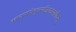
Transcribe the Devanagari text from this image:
काम्यमरणेतुतस्यत्रिरात्रमाशौचम्